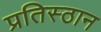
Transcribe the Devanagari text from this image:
प्रतिस्ठान